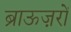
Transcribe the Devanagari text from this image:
ब्राऊज़रों